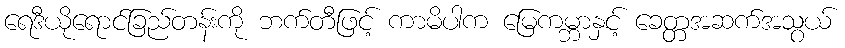
ရေဒီယိုရောင်ခြည်တန်းကို ဘက်တီဖြင့် ကာမိပါက မြေကမ္ဘာနှင့် ခေတ္တအဆက်အသွယ်